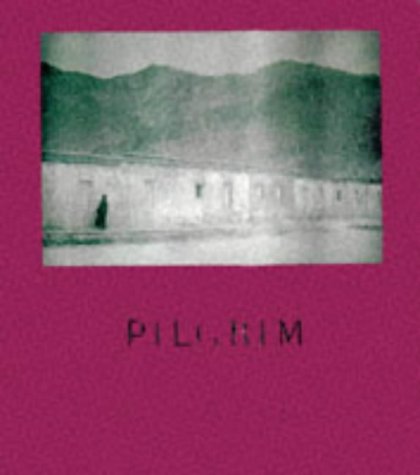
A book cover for Pilgrim; Travel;